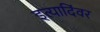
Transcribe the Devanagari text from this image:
इत्यादिंवर